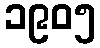
၁၉၀၅